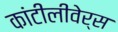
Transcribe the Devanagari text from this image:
कांटीलीवेर्स